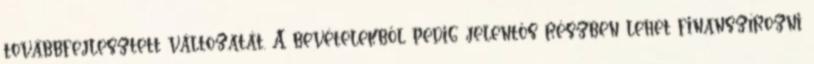
továbbfejlesztett változatát. A bevételekből pedig jelentős részben lehet finanszírozni